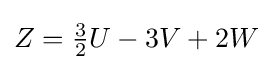
Z=\textstyle {\frac {3}{2}}U-3V+2W